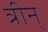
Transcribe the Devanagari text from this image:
त्रीन्